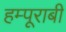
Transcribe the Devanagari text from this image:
हम्पूराबी